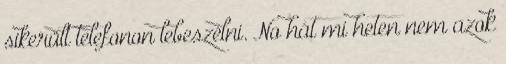
sikerült telefonon lebeszélni. No hát mi heten nem azok